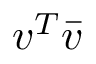
v ^ { T } { \bar { v } }